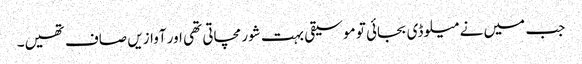
جب میں نے میلوڈی بجائی تو موسیقی بہت شور مچاتی تھی اور آوازیں صاف تھیں۔